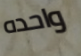
واحده